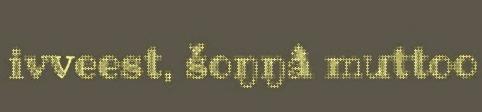
ivveest, šoŋŋâ muttoo